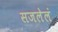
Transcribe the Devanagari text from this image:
सजलेलं